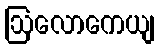
ဩလောကေယျ